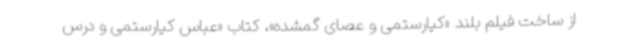
از ساخت فیلم بلند «کیارستمی و عصای گمشده»، کتاب «عباس کیارستمی و درس